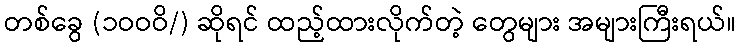
တစ်ခွေ (၁ဝဝဝိ/) ဆိုရင် ထည့်ထားလိုက်တဲ့ တွေများ အများကြီးရယ်။